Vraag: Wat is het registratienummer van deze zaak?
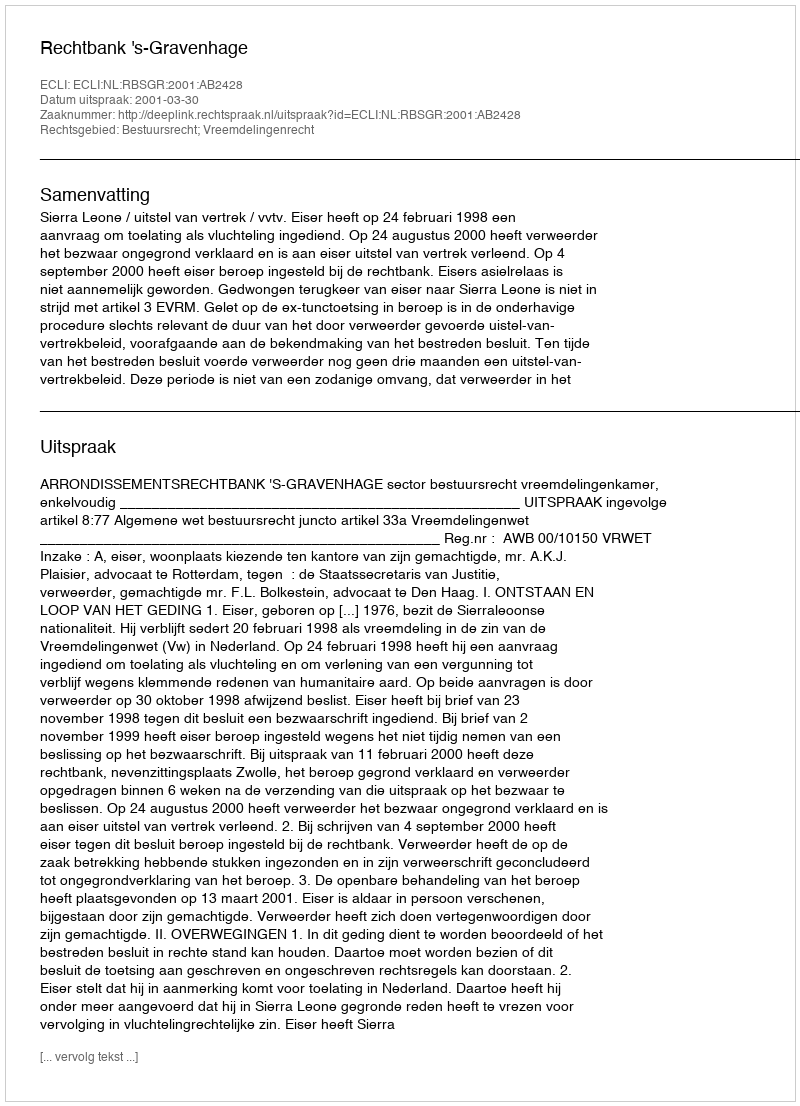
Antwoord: http://deeplink.rechtspraak.nl/uitspraak?id=ECLI:NL:RBSGR:2001:AB2428